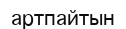
артпайтын